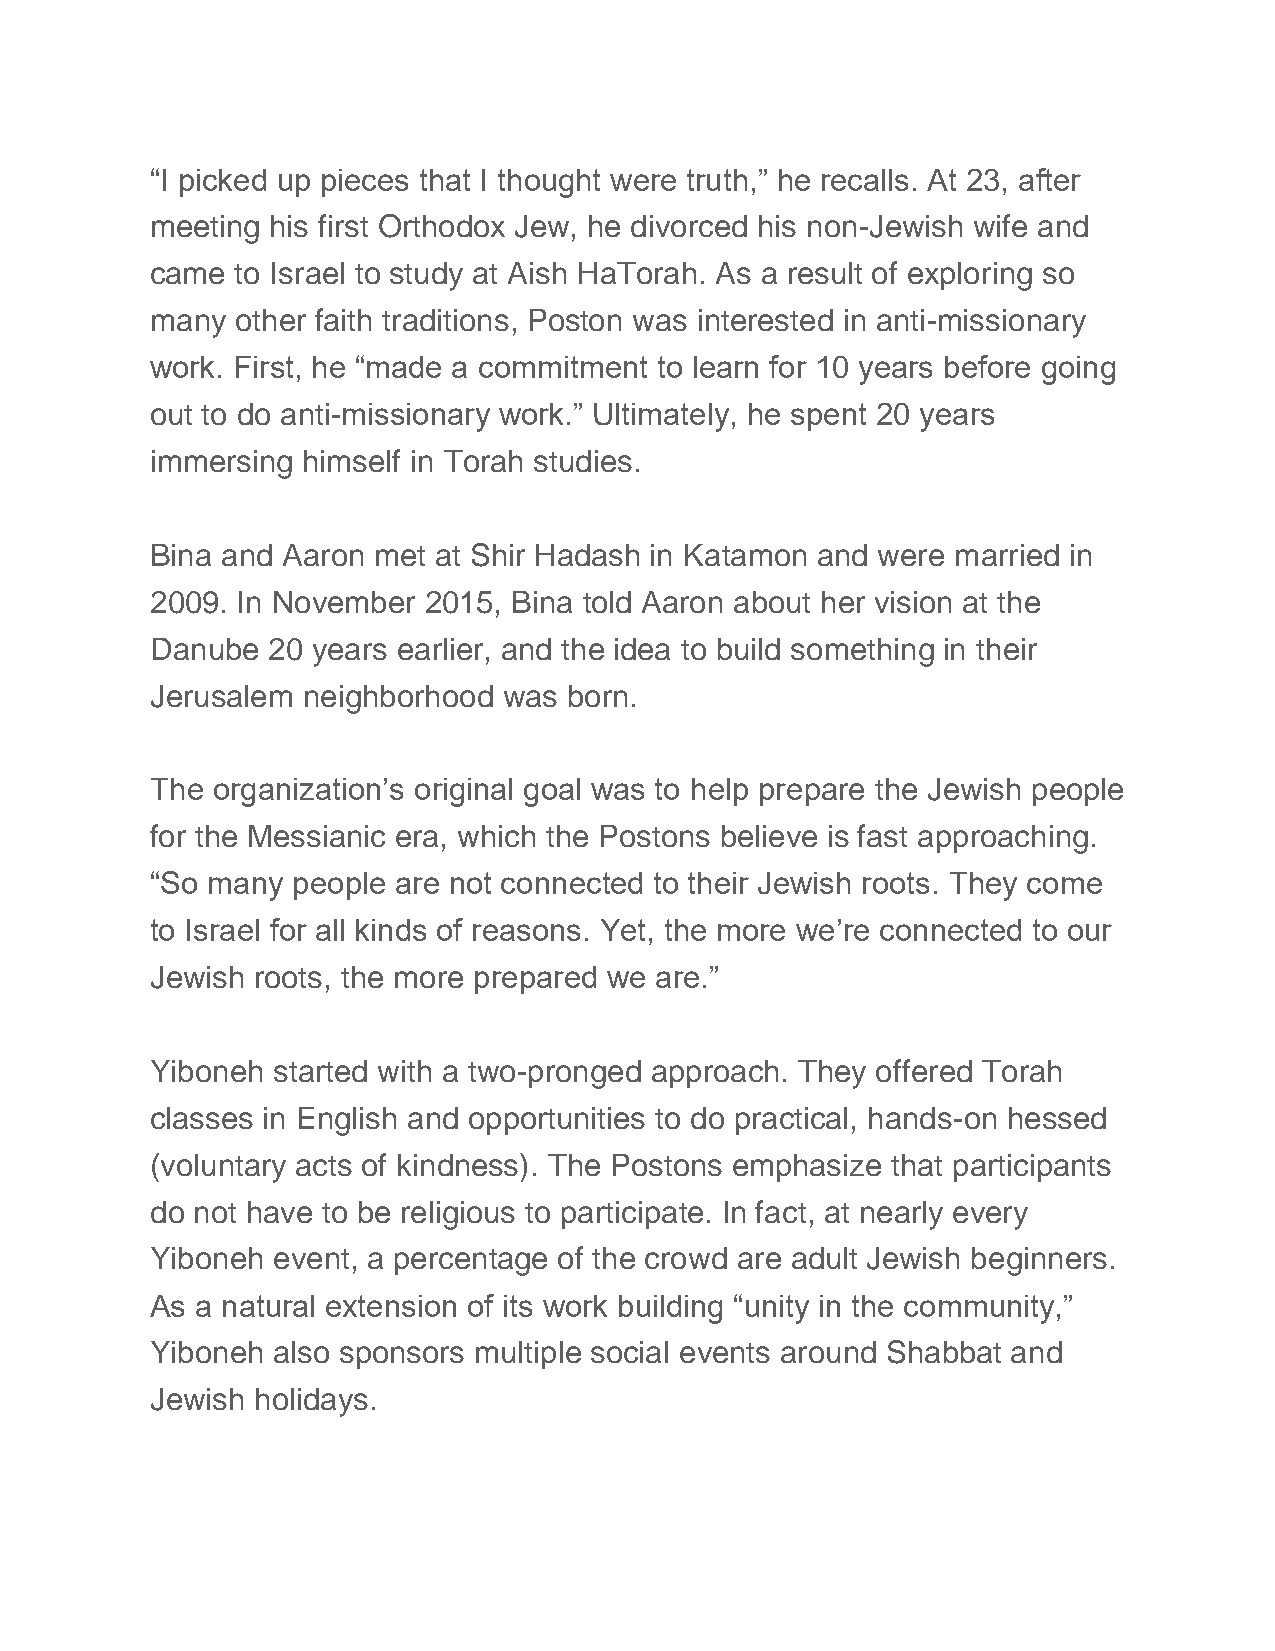
“I picked up pieces that I thought were truth,” he recalls. At 23, after
 meeting his first Orthodox Jew, he divorced his non-Jewish wife and
 came  to Israel to study at Aish HaTorah. As a result of exploring so
 many  other faith traditions, Poston was interested in anti-missionary
 work. First, he “made a commitment to learn for 10 years before going
 out to do anti-missionary work.” Ultimately, he spent 20 years
 immersing himself in Torah studies.
 Bina and Aaron met at Shir Hadash in Katamon and were married in
 2009. In November 2015, Bina told Aaron about her vision at the
 Danube  20 years earlier, and the idea to build something in their
 Jerusalem neighborhood was  born.
 The organization’s original goal was to help prepare the Jewish people
 for the Messianic era, which the Postons believe is fast approaching.
 “So many people are not connected to their Jewish roots. They come
 to Israel for all kinds of reasons. Yet, the more we’re connected to our
 Jewish roots, the more prepared we are.”
 Yiboneh started with a two-pronged approach. They offered Torah
 classes in English and opportunities to do practical, hands-on hessed
 (voluntary acts of kindness). The Postons emphasize that participants
 do not have to be religious to participate. In fact, at nearly every
 Yiboneh event, a percentage of the crowd are adult Jewish beginners.
 As a natural extension of its work building “unity in the community,”
 Yiboneh also sponsors multiple social events around Shabbat and
 Jewish holidays.